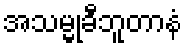
အသမ္မုခီဘူတာနံ